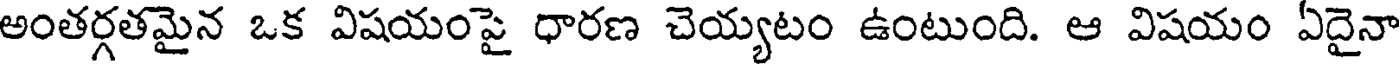
అంతర్గతమైన ఒక విషయంపై ధారణ చెయ్యటం ఉంటుంది. ఆ విషయం ఏదైనా